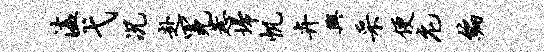
溘弋况赴冕惹埽帆卉兴采便庀编